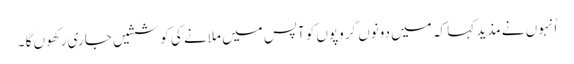
اُنہوں نے مذید کہا کہ میں دونوں گروپوں کو آپس میں ملانے کی کوششیں جاری رکھوں گا ۔